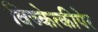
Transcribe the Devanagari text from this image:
विच्केत्कीपेर